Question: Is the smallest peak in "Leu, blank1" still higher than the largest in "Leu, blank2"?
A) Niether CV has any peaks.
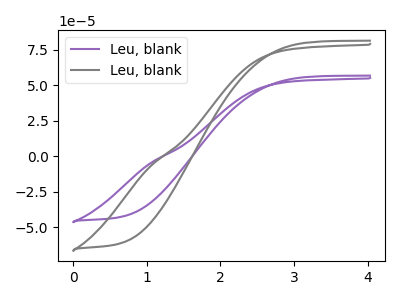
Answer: <think>The purple curve "Leu, blank1" has no peaks. The gray curve "Leu, blank2" has no peaks.</think>
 <answer>A) Niether CV has any peaks.</answer>
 <eval>A</eval>